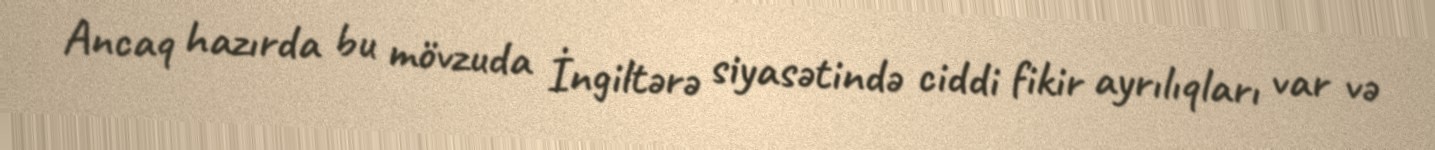
Ancaq hazırda bu mövzuda İngiltərə siyasətində ciddi fikir ayrılıqları var və